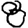
Digit: 8